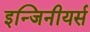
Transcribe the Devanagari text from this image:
इन्जिनीयर्स